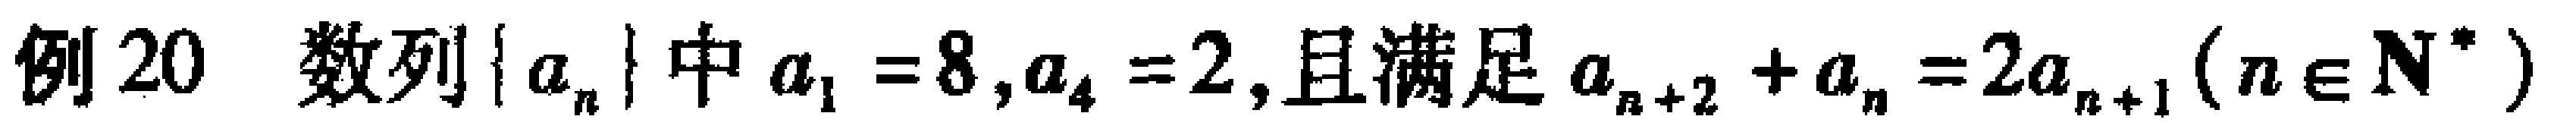
例20 数列\(\{ a_{n}\}\)中\(a_{1}=8,a_{4}=2\),且满足\(a_{n + 2}+a_{n}=2a_{n + 1}(n\in\mathbf{N}^{*})\)